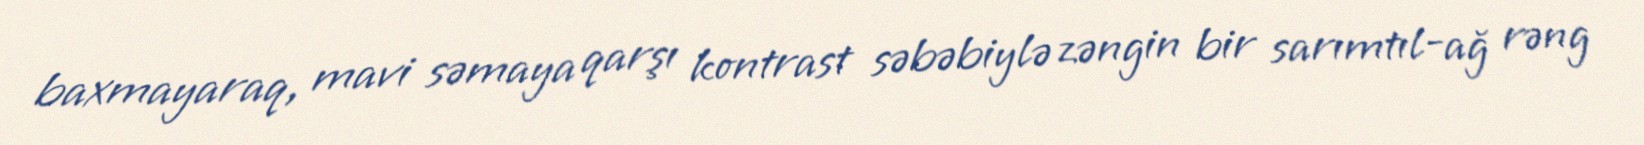
baxmayaraq, mavi səmaya qarşı kontrast səbəbiylə zəngin bir sarımtıl-ağ rəng